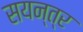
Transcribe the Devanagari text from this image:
सयन्त्र